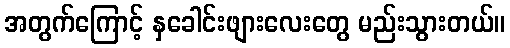
အတွက်ကြောင့် နှခေါင်းဖျားလေးတွေ မည်းသွားတယ်။